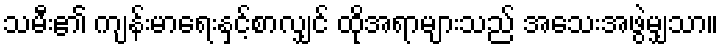
သမီး၏ ကျန်းမာရေးနှင့်စာလျှင် ထိုအရာများသည် အသေးအဖွဲမျှသာ။